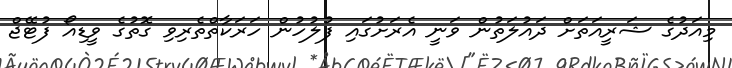
މިއަދުގެ ޝަރީއަތަށް ދައުލަތުން ވަނީ އެރަށުގައި ފުލުހުން ހަރަކާތްތެރިވި ގޮތުގެ ވީޑިއޯ ފުޓޭޖް